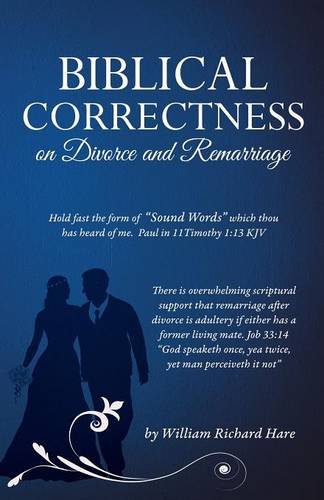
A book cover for BIBLICAL CORRECTNESS ON DIVORCE AND REMARRIAGE; William Richard Hare; Christian Books & Bibles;